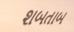
શબતાબ